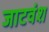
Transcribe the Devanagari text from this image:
जाटवंश